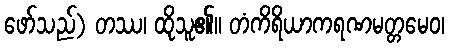
ဖော်သည်) တဿ၊ ထိုသူ၏။ တံကိရိယာကရဏမတ္တမေဝ၊